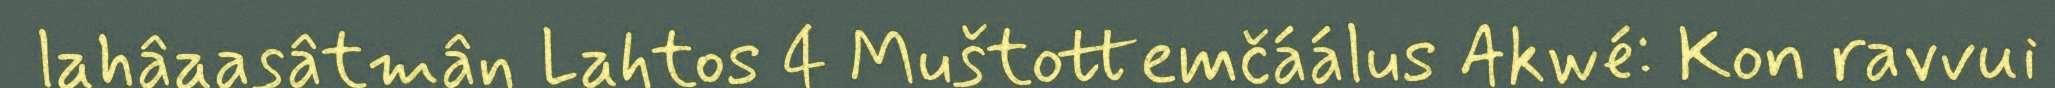
lahâaasâtmân Lahtos 4 Muštottemčáálus Akwé: Kon ravvui